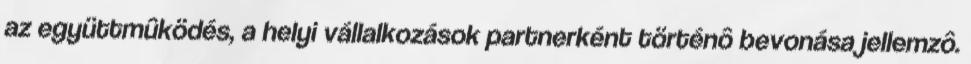
az együttmûködés, a helyi vállalkozások partnerként történô bevonása jellemzô.